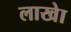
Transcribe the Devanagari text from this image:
लाखेा